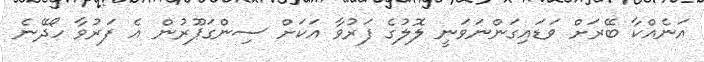
އަނެއްކާ ބޭރަށް ވަޑައިގަންނަވަނީ ލޮލުގެ ފަރުވާ އަކަށް ސިންގަޕޫރުން އެ ފަރުވާ ހޯދޭނެ